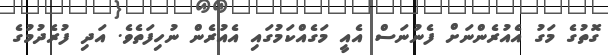
ގޮތުގެ މަގު އެއުރެންނަށް ފެނުނަސް އެއީ މަގެއްކަމުގައި އެއުރެން ނުހިފަތެވެ. އަދި ފުރެދުމުގެ